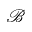
\mathcal { B }